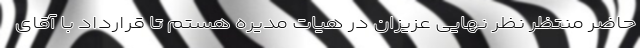
حاضر منتظر نظر نهایی عزیزان در هیات مدیره هستم تا قرارداد با آقای